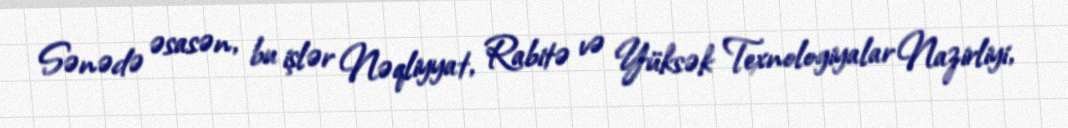
Sənədə əsasən, bu işlər Nəqliyyat, Rabitə və Yüksək Texnologiyalar Nazirliyi,